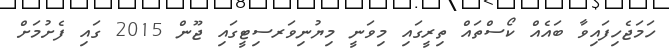
ހަމަޖެހިފައިވާ ބައެއް ކޯސްތައް ތިރީގައި މިވަނީ މިޔުނިވަރސިޓީގައި ޖޫން 2015 ގައި ފެށުމަށް